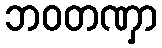
ဘဝတဏှာ